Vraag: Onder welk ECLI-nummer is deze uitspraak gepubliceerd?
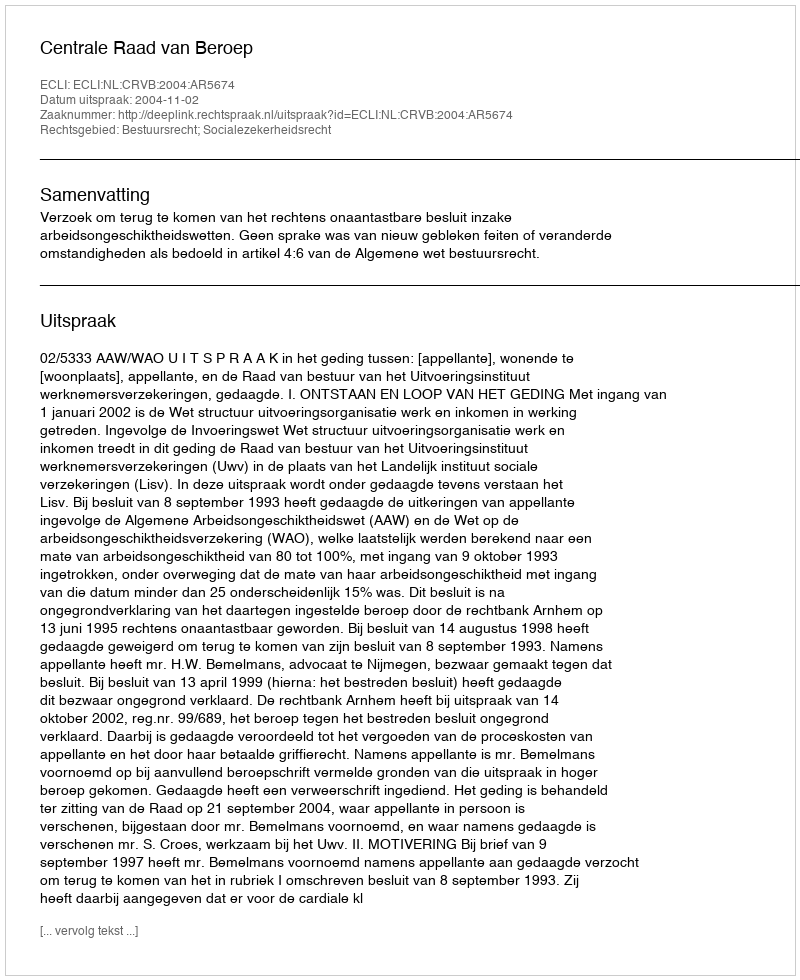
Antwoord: ECLI:NL:CRVB:2004:AR5674